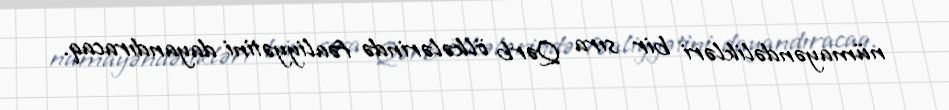
nümayəndəlikləri bir sıra Qərb ölkələrində fəaliyyətini dayandıracaq.